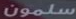
سلمون